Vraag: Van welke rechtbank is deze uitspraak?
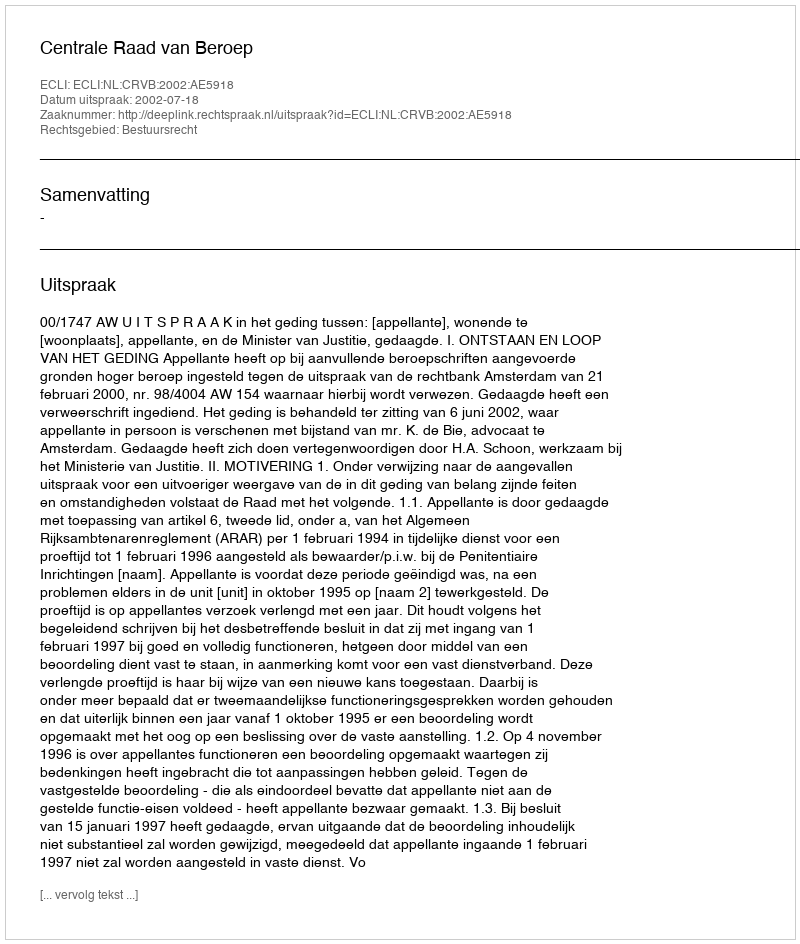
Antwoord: Centrale Raad van Beroep